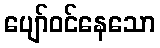
ပျော်ဝင်နေသော